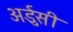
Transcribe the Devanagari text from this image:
अर्डुसी